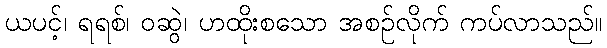
ယပင့်၊ ရရစ်၊ ဝဆွဲ၊ ဟထိုးစသော အစဉ်လိုက် ကပ်လာသည်။